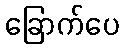
ခြောက်ပေ